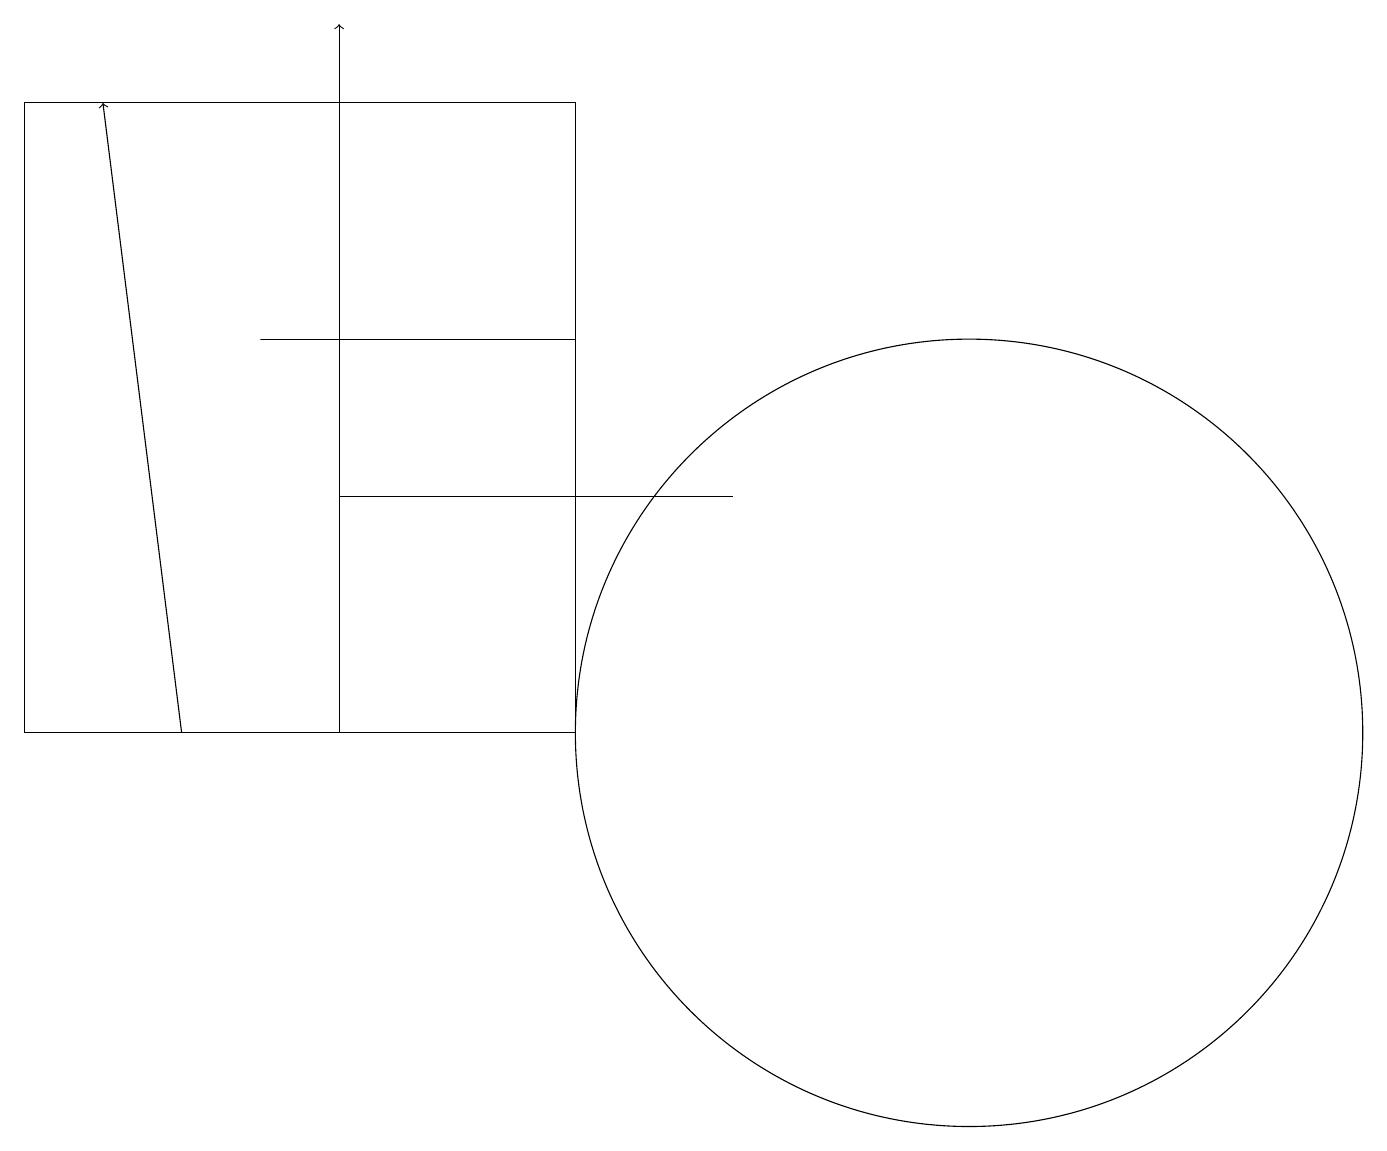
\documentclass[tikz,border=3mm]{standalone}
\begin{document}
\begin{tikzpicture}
\draw (7,18) rectangle (0,10);
\draw (12,10) circle (5);
\draw[->] (4,15) -- (4,19);
\draw (7,15) rectangle (3,15);
\draw (0,10) rectangle (4,18);
\draw[->] (2,10) -- (1,18);
\draw (4,13) rectangle (9,13);
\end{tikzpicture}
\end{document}